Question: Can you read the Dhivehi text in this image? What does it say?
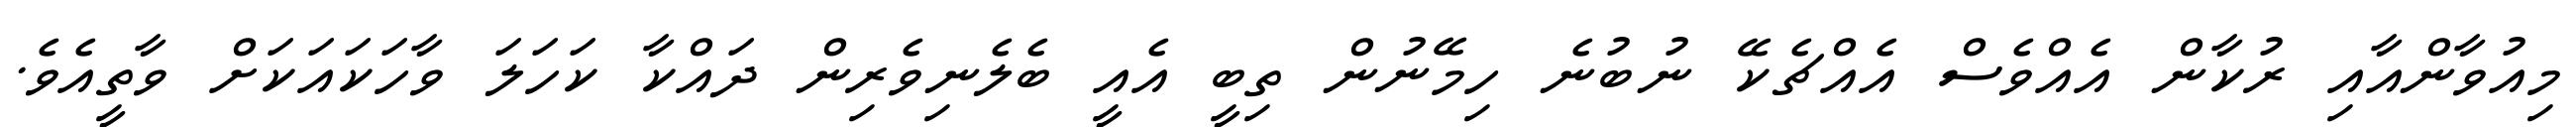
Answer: މިއުވާންއާއި ރުކާން އެއްވެސް އެއްޗެކޭ ނުބުނެ ހިމޭނުން ތިބީ އެއީ ބެލެނިވެރިން ދައްކާ ކަހަލަ ވާހަކައަކަށް ވާތީއެވެ.